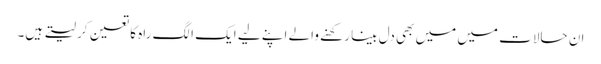
ان حالات میں میں بھی دل بینا رکھنے والے اپنے لیے ایک الگ راہ کا تعین کر لیتے ہیں۔